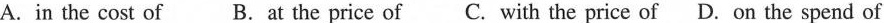
A.in the cost of B.At the price of C. With the price of D. On the spend of